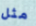
مثل